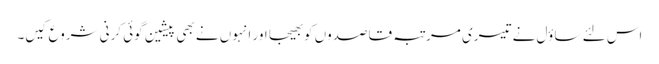
اس لئے ساؤل نے تیسری مرتبہ قاصدوں کو بھیجا اور انہوں نے بھی پیشین گوئی کرنی شروع کیں۔